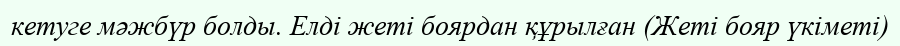
кетуге мәжбүр болды. Елді жеті боярдан құрылған (Жеті бояр үкіметі)